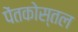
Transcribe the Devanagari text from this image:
पेंतकोस्तल